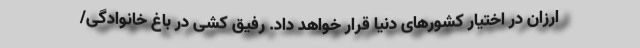
ارزان در اختیار کشورهای دنیا قرار خواهد داد. رفیق کشی در باغ خانوادگی/